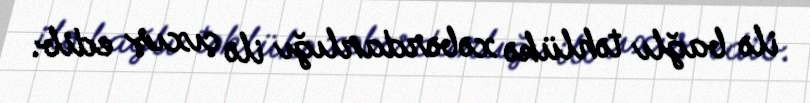
ilə bağlı təhlükə xəbərdarlığı ilə çıxış edib.